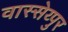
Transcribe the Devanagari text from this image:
वास्सेय्पुर